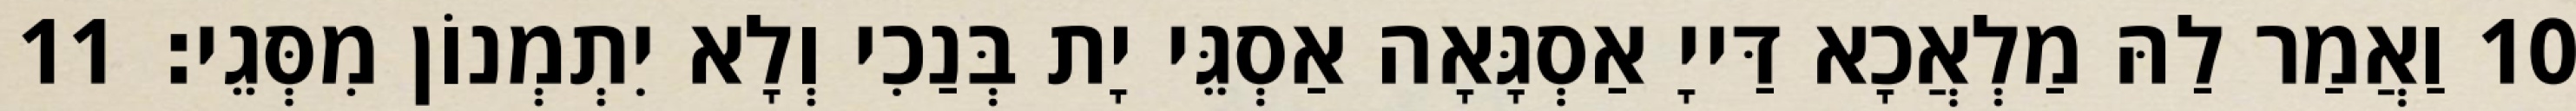
10 וַאֲמַר לַהּ מַלְאֲכָא דַּייָ אַסְגָּאָה אַסְגֵּי יָת בְּנַכִי וְלָא יִתְמְנוֹן מִסְּגֵי׃ 11